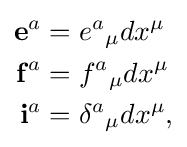
{\begin{aligned}\mathbf {e} ^{a}&=e^{a}{}_{\mu }dx^{\mu }\\\mathbf {f} ^{a}&=f^{a}{}_{\mu }dx^{\mu }\\\mathbf {i} ^{a}&=\delta ^{a}{}_{\mu }dx^{\mu },\end{aligned}}